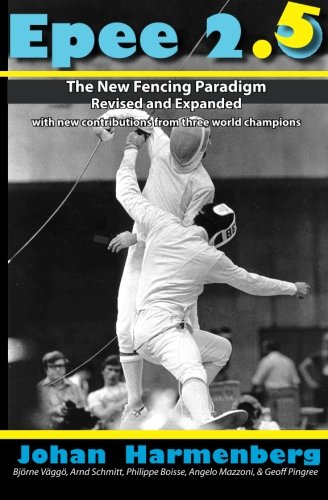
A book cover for Epee 2.5: The New Paradigm Revised and Augmented; Johan Harmenberg; Sports & Outdoors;